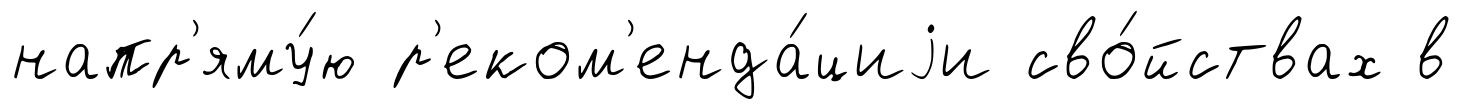
напр'яму́ю р'еком'енда́циjи сво́йствах в